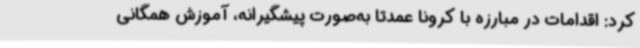
کرد: اقدامات در مبارزه با کرونا عمدتاً به‌صورت پیشگیرانه، آموزش همگانی